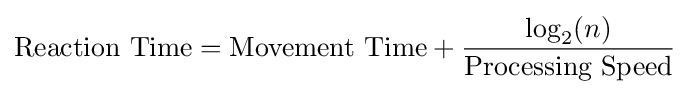
{\text{Reaction Time}}={\text{Movement Time}}+{\frac {\log _{2}(n)}{\text{Processing Speed}}}